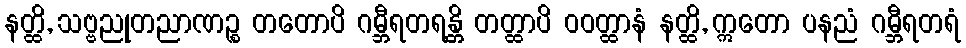
နတ္ထိ, သဗ္ဗညုတညာဏဉ္စ တတောပိ ဂမ္ဘီရတရန္တိ တတ္ထာပိ ဝဝတ္ထာနံ နတ္ထိ, ဣတော ပနညံ ဂမ္ဘီရတရံ